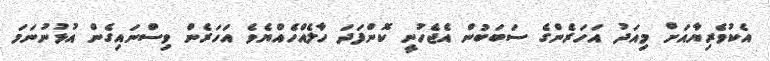
އެކުވެރިޔާއަށް މިއަދު އަހަރެންގެ ސަބަބުން އެޖެހުނީ ކޮންފަދަ ހާލެއްހެއްޔެވެ އަހަރެން ވިސްނައިގެން އުޅުނުނަމަ